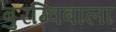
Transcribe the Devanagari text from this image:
बुरग्विबाला